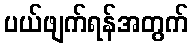
ပယ်ဖျက်ရန်အတွက်